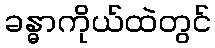
ခန္ဓာကိုယ်ထဲတွင်